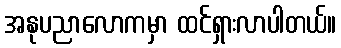
အနုပညာလောကမှာ ထင်ရှားလာပါတယ်။